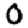
Digit: 0